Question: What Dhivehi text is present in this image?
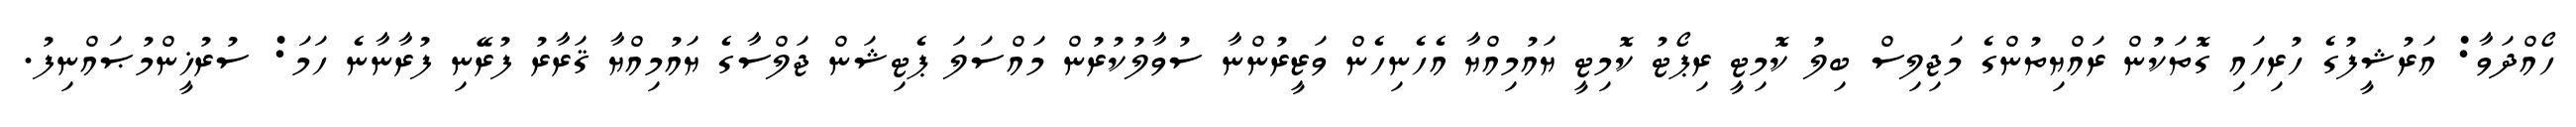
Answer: ހޯއްދަވާ: އަރުޝީފުގެ ހުރިހައި ގޮތަކުން ރައްޔިތުންގެ މަޖިލިސް ބިލު ކޮމިޓީ ރިޕޯޓު ކޮމިޓީ ޔައުމިއްޔާ އެހެނިހެން ވަޒީރުންނާ ސުވާލުކުރުން މައްސަލަ ޕެޓިޝަން ޖަލްސާގެ ޔައުމިއްޔާ ޤަރާރު ފުރޭނި ފުރާނާނެ ހަމަ: ސުރުޚީންމުޞައްނިފު.